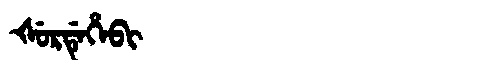
Manchu: ᡧᡠᡵᡩᡝᡥᡝᠪᡳ
Romanization: ŠURDEHEBI